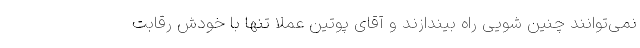
نمی‌توانند چنین شویی راه بیندازند و آقای پوتین عملا تنها با خودش رقابت